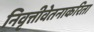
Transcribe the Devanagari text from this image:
निवृत्तीवेतनाकरिता